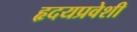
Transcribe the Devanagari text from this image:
हृदयप्रवेशी